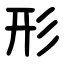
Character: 形